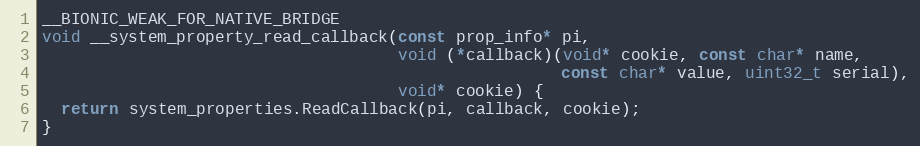
Language: C++
__BIONIC_WEAK_FOR_NATIVE_BRIDGE
void __system_property_read_callback(const prop_info* pi,
                                     void (*callback)(void* cookie, const char* name,
                                                      const char* value, uint32_t serial),
                                     void* cookie) {
  return system_properties.ReadCallback(pi, callback, cookie);
}